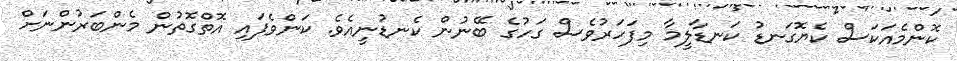
ކޮންމެއަކަސް ކެޔޮގަނޑު ކަނޑާލީމާ މިފަހަރުވެސް ގަހުގެ ބޭނުން ކެނޑުނީއެވެ. ކަންވެފައި އޮތްގޮތުން މެންބަރުންނަށް